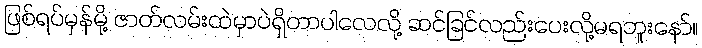
ဖြစ်ရပ်မှန်မို့ ဇာတ်လမ်းထဲမှာပဲရှိတာပါလေလို့ ဆင်ခြင်လည်းပေးလို့မရဘူးနော်။